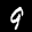
Label: 9